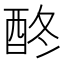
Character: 𨠌